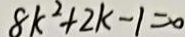
8 k ^ { 2 } + 2 k - 1 = 0